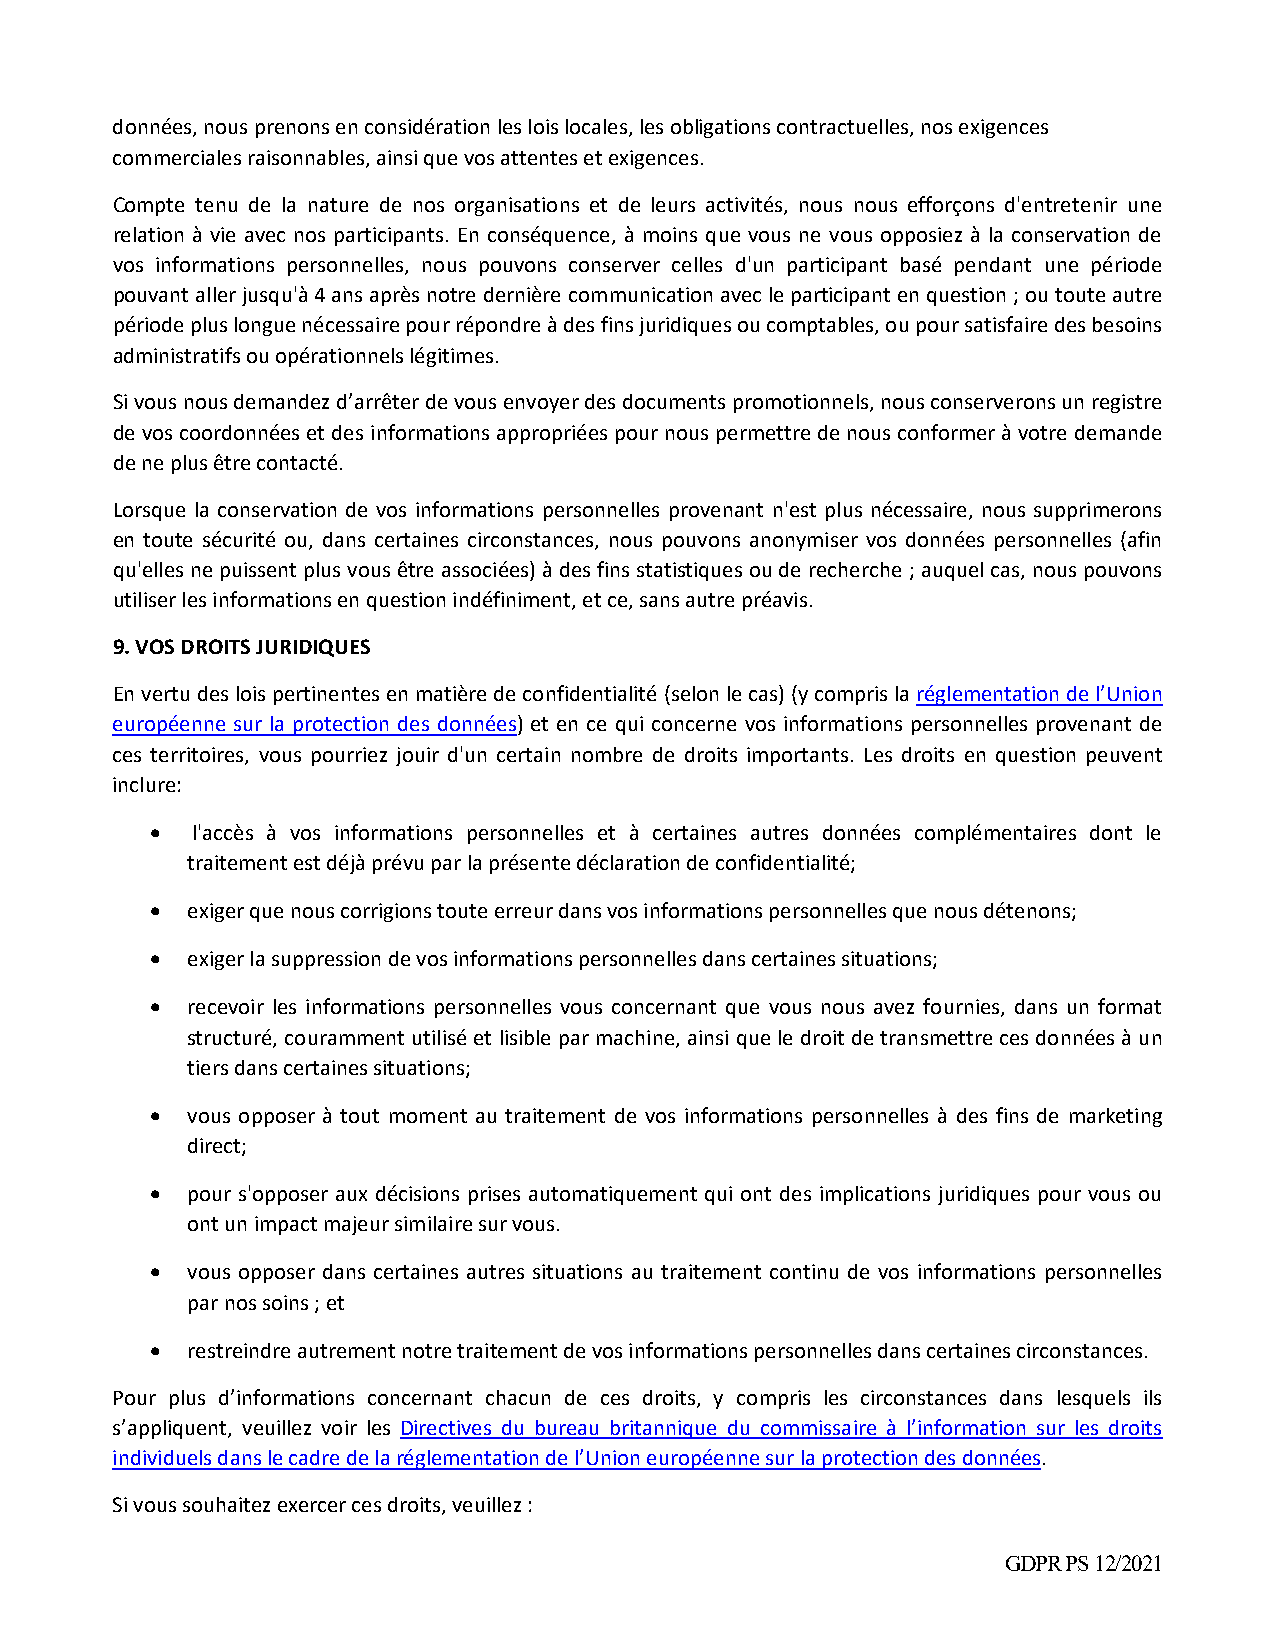
données, nous prenons en considération les lois locales, les obligations contractuelles, nos exigences
 commerciales raisonnables, ainsi que vos attentes et exigences.
 Compte tenu de la nature de nos organisations et de leurs activités, nous nous efforçons d'entretenir une
 relation à vie avec nos participants. En conséquence, à moins que vous ne vous opposiez à la conservation de
 vos informations personnelles, nous pouvons conserver celles d'un participant basé pendant une période
 pouvant aller jusqu'à 4 ans après notre dernière communication avec le participant en question ; ou toute autre
 période plus longue nécessaire pour répondre à des fins juridiques ou comptables, ou pour satisfaire des besoins
 administratifs ou opérationnels légitimes.
 Si vous nous demandez d’arrêter de vous envoyer des documents promotionnels, nous conserverons un registre
 de vos coordonnées et des informations appropriées pour nous permettre de nous conformer à votre demande
 de ne plus être contacté.
 Lorsque la conservation de vos informations personnelles provenant n'est plus nécessaire, nous supprimerons
 en toute sécurité ou, dans certaines circonstances, nous pouvons anonymiser vos données personnelles (afin
 qu'elles ne puissent plus vous être associées) à des fins statistiques ou de recherche ; auquel cas, nous pouvons
 utiliser les informations en question indéfiniment, et ce, sans autre préavis.
 9. VOS DROITS JURIDIQUES
 En vertu des lois pertinentes en matière de confidentialité (selon le cas) (y compris la réglementation de l’Union
 européenne sur la protection des données) et en ce qui concerne vos informations personnelles provenant de
 ces territoires, vous pourriez jouir d'un certain nombre de droits importants. Les droits en question peuvent
 inclure:
   l'accès à vos informations personnelles et à certaines autres données complémentaires dont le
 traitement est déjà prévu par la présente déclaration de confidentialité;
  exiger que nous corrigions toute erreur dans vos informations personnelles que nous détenons;
  exiger la suppression de vos informations personnelles dans certaines situations;
  recevoir les informations personnelles vous concernant que vous nous avez fournies, dans un format
 structuré, couramment utilisé et lisible par machine, ainsi que le droit de transmettre ces données à un
 tiers dans certaines situations;
  vous opposer à tout moment au traitement de vos informations personnelles à des fins de marketing
 direct;
  pour s'opposer aux décisions prises automatiquement qui ont des implications juridiques pour vous ou
 ont un impact majeur similaire sur vous.
  vous opposer dans certaines autres situations au traitement continu de vos informations personnelles
 par nos soins ; et
  restreindre autrement notre traitement de vos informations personnelles dans certaines circonstances.
 Pour plus d’informations concernant chacun de ces droits, y compris les circonstances dans lesquels ils
 s’appliquent, veuillez voir les Directives du bureau britannique du commissaire à l’information sur les droits
 individuels dans le cadre de la réglementation de l’Union européenne sur la protection des données.
 Si vous souhaitez exercer ces droits, veuillez :
 GDPR PS 12/2021